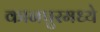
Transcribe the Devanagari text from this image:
कानपुरमध्ये